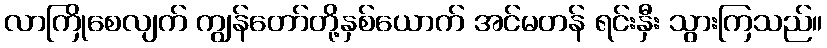
လာကြိုစေလျက် ကျွန်တော်တို့နှစ်ယောက် အင်မတန် ရင်းနှီး သွားကြသည်။